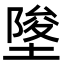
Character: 𡍵